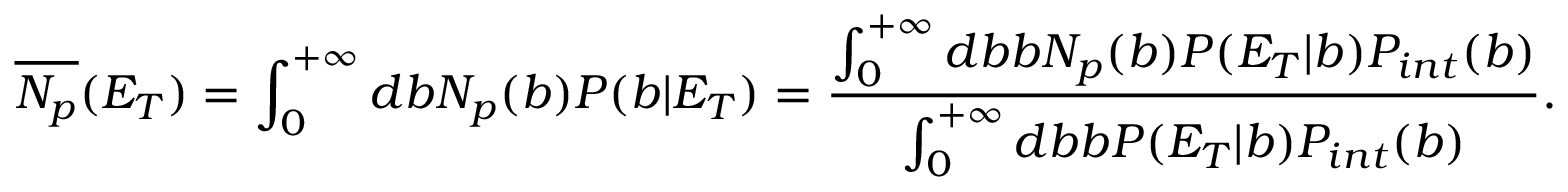
\overline { { { N _ { p } } } } ( E _ { T } ) = \int _ { 0 } ^ { + \infty } d b N _ { p } ( b ) P ( b | E _ { T } ) = \frac { \int _ { 0 } ^ { + \infty } d b b N _ { p } ( b ) P ( E _ { T } | b ) P _ { i n t } ( b ) } { \int _ { 0 } ^ { + \infty } d b b P ( E _ { T } | b ) P _ { i n t } ( b ) } .